Uue-Poltsamaa_vallakohus, lk 71
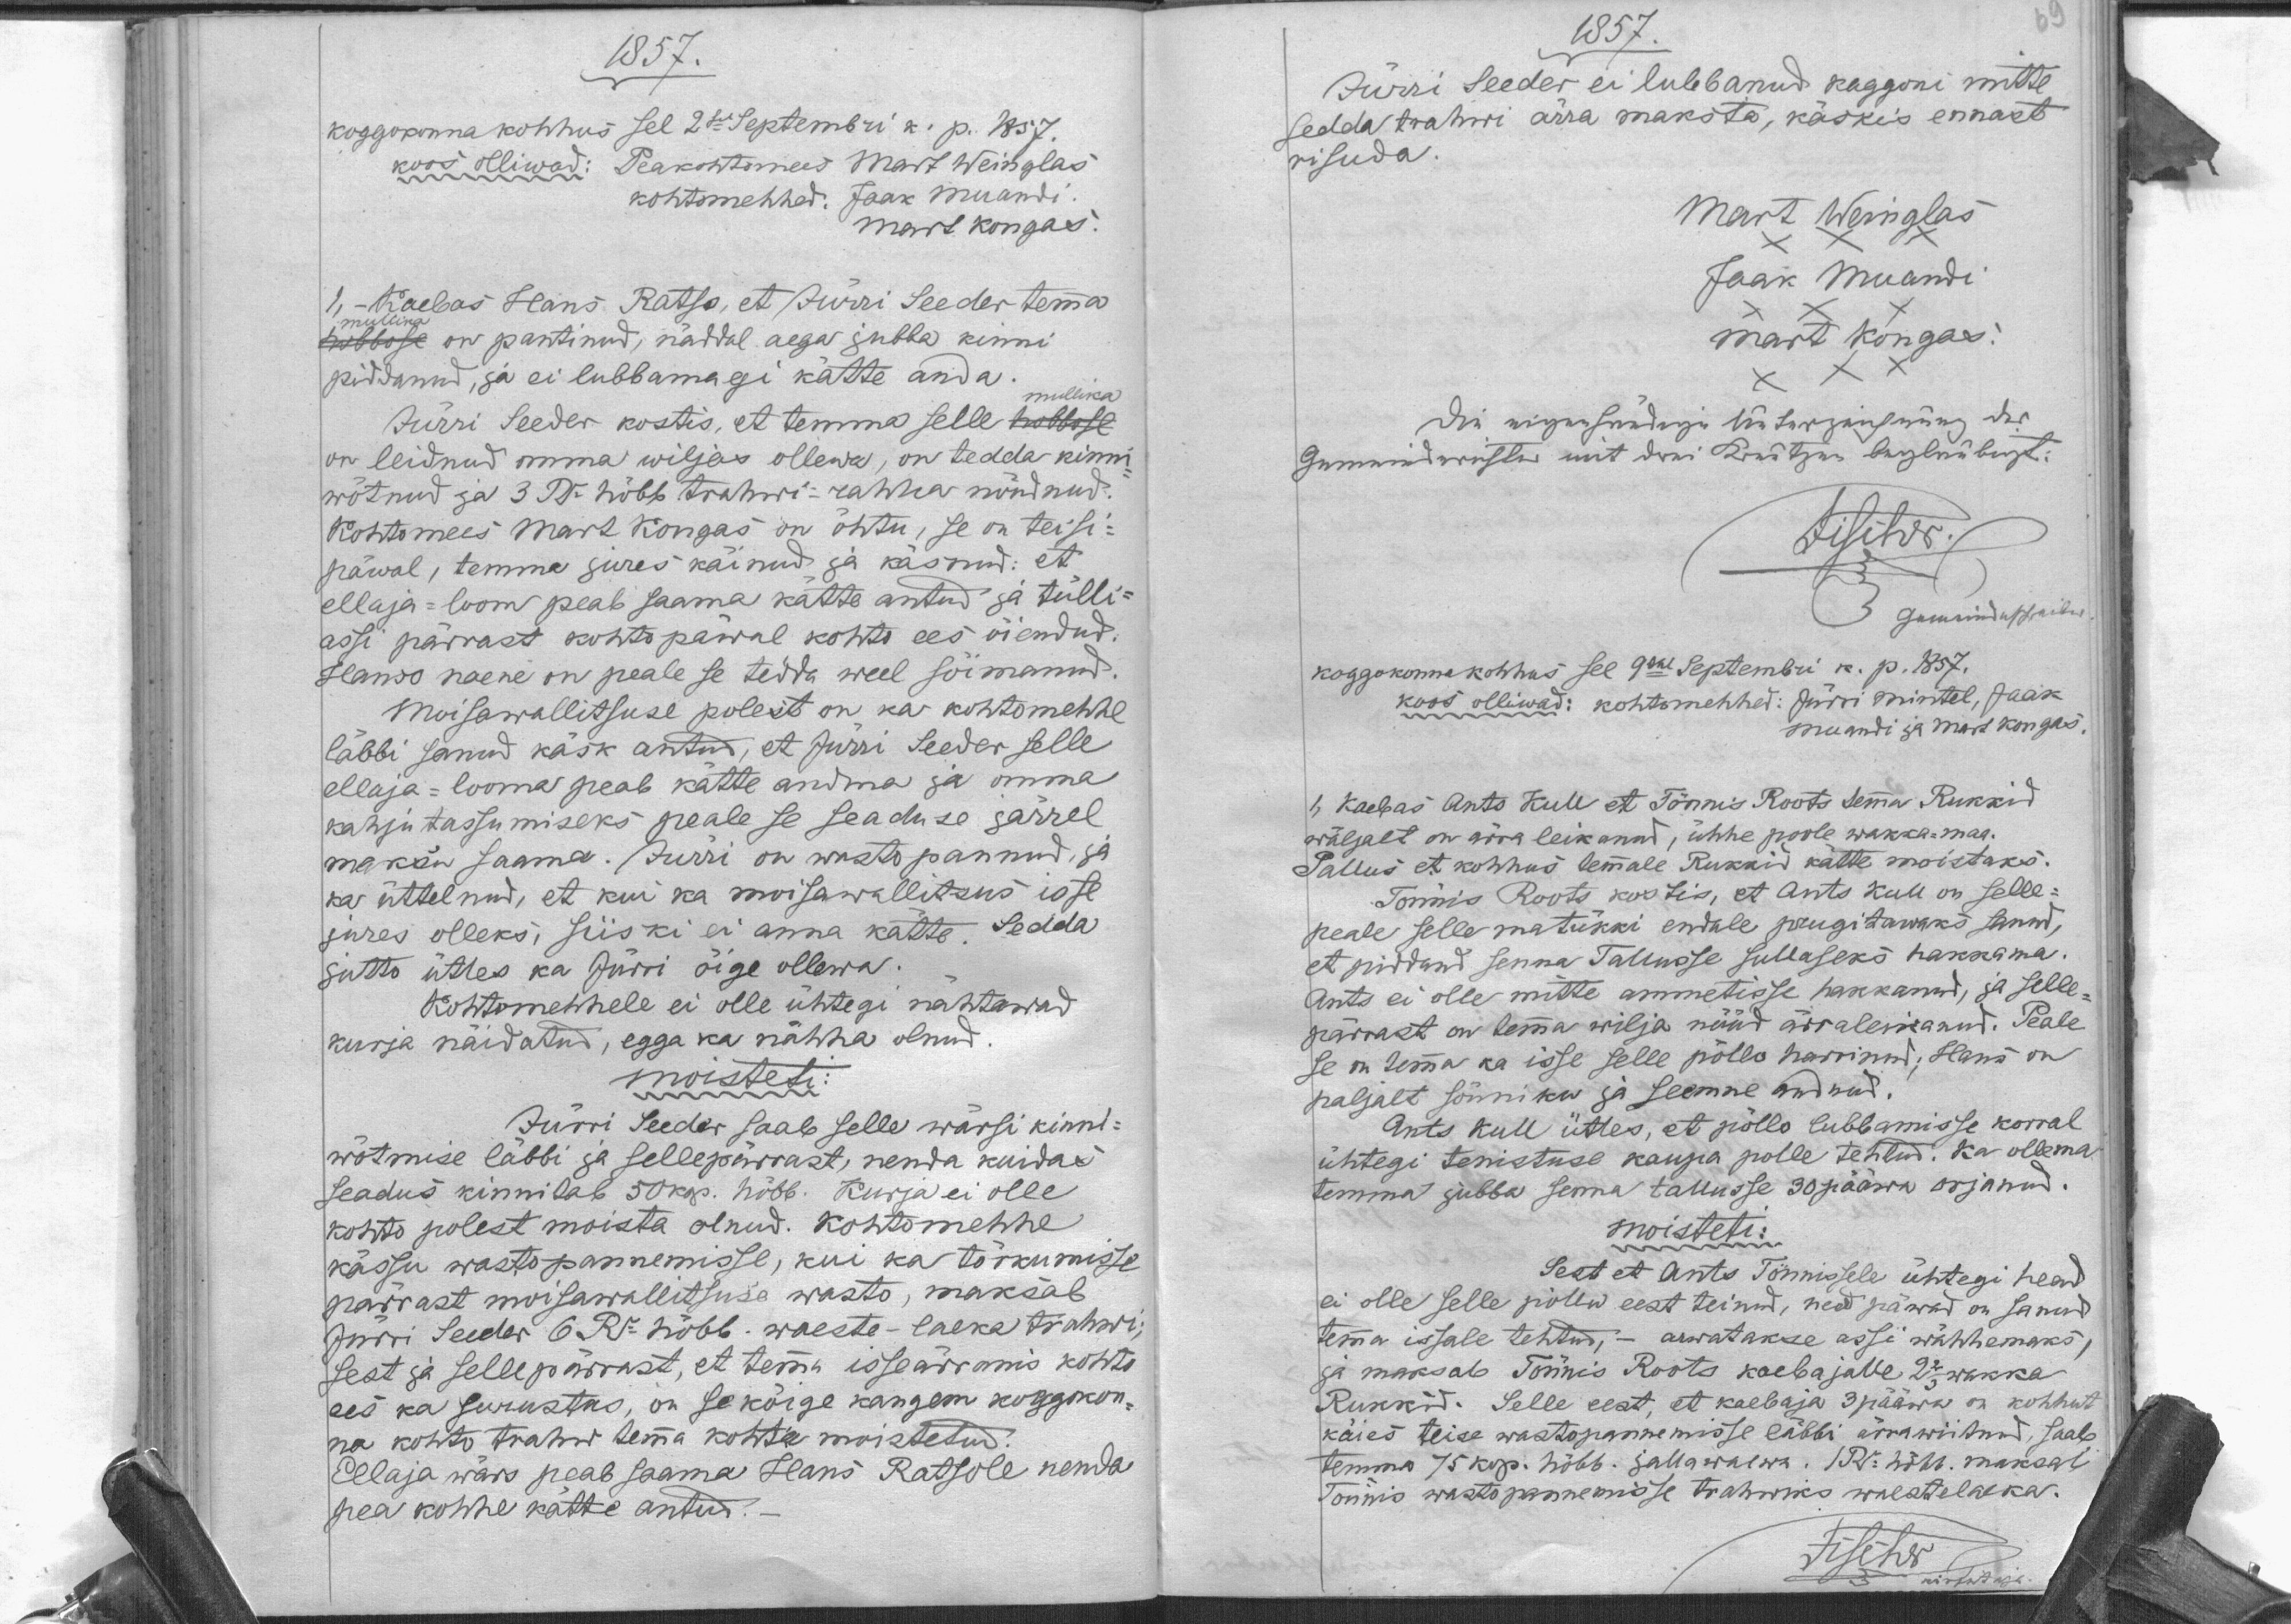
1857.
Koggokonnakohhus sel 2sel Septembri k. p. 1857.
Peakohtomees Mart Weinglas
Koos olliwad:
kohtomehhed: Jaak Muandi
Mart Kongas.
1. - Kaebas Hans Ratso, et Jürri Seeder temma
mullika
hobbose on pantinud, näddal aega jubba kinni
piddanud, ja ei lubbamagi kätte anda.
mullika
Jürri Seeder kostis, et temma selle hobbose
on leidnud oma wiljas ollewa, on tedda kinni-
wõtnud ja 3 Ru hõbb trahwi-rahha nõudnud.
Kohtomees Mart Kongas on õhtu, se on teisi-
päwal, temma jures käinud ja käsnud: et
ellaja-loom peab saama kätte antud ja tülli
assi pärrast kohtopäwal kohto ees õiendud.
Hanso naene on peale se tedda weel sõimand.
Moisawallitsuse polest on kas kohtomehhe
läbbi sanud käsk antud, et Jürri Seeder selle
ellaja-looma peab kätte andma ja omma
kahjutassumiseks peale se seaduse järrel
maksa saama. Jürri on wasto pannud, ja
kas üttelnud, et kui ka moisawallitsus isse
jures olleks, siiski ei anna kätte. Sedda
jutto ütles ka Jürri õige ollewa.
Kohtomehhele ei olle ühtegi nähtawad
kurja näidatud, egga ka nähha olnud.
moisteti:
Jürri Seeder saab selle wärsi kinni-
wõtmise läbbi ja sellepärrast, nenda kuidas
seadus kinntab 50kop. hõbb. Kurja ei olle
Kohto polest moista olnud. Kohtomehhe 
kässu wastopannemisse, kui ka tõrkumisse
pärrast moisawallitsuse wasto, maksab
Jürri Seeder 6 Ru hõbb. waeste-laeka trahwi;
Sest ja sellepärast, et temma isseärranis kohto
ees ka surustas, on se kõige kangem koggokon-
na kohto trahw temma kohta moistetud.
Ellaja wärs peab saama Hans Ratsole nenda
pea kohhe kätte antud.

1857.
Jürri Seeder ei lubbanud koggoni mitte
sedda trahwi ärra maksta, käskis ennast
risuda.
Mart Weinglas
Jaak Muandi
Mart Kongas.
koggokonnakohhus sel 9dal Septembri k. p. 1857.
kood olliwad: kohtomehhed: Jürri Mintel, Jaak
Muandi ja Mart Kongas.
1. Kaebas Ants Kull et Tönnis Roots temma Rukkid
wäljalt on ärra leikanud, ühhe poole wakka-maa.
Pallus et kohhus temmale Rukkid kätte moistaks.
Tõnnis Roos kostis, et Ants Kull on selle-
peale selle matükki endale prugitawaks sanud,
et piddand senna Tallusse sullaseks hakkama.
Ants ei olle mitte ammetisse hakkanud, ja selle-
pärrast on temma wilja nüüd ärraleikanud. Peale
se on temma ka isse selle põllo harrinud, Hans on
paljalt sõnniku ja seemne andnud.
Ants Kull ütles, et põllo lubbamisse korral
ühtegi tenistuse kaupa polle tehtud. Ka ollema
temma jubba senna tallusse 30 pääwa orjanud.
moisteti:
Sest et Ants Tönnissele ühtegi head
ei olle selle põllu eest teinud, need päwad on sanud
temma issale tehtud, - arwatakse assi wähhemaks,
ja maksab Tönnis Roots kaebajalle 2 2/3 wakka 
Rukkid. Selle eest, et kaebaja 3 pääwa on kohhut
käies teise wastopannemisse läbbi ärrawiitnud, saab
temma 75 kop. hõbb. jallawaewa. 1Ru hõbb. maksab
Tönnis wastopannemisse trahwiks waestelaeka.